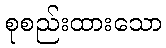
စုစည်းထားသော